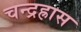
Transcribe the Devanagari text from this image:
चन्द्रह्रास